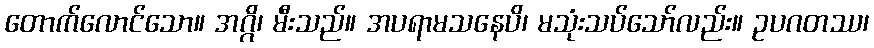
တောက်လောင်သော။ အဂ္ဂိ၊ မီးသည်။ အပရာမသနေပိ၊ မသုံးသပ်သော်လည်း။ ဥပဂတဿ၊